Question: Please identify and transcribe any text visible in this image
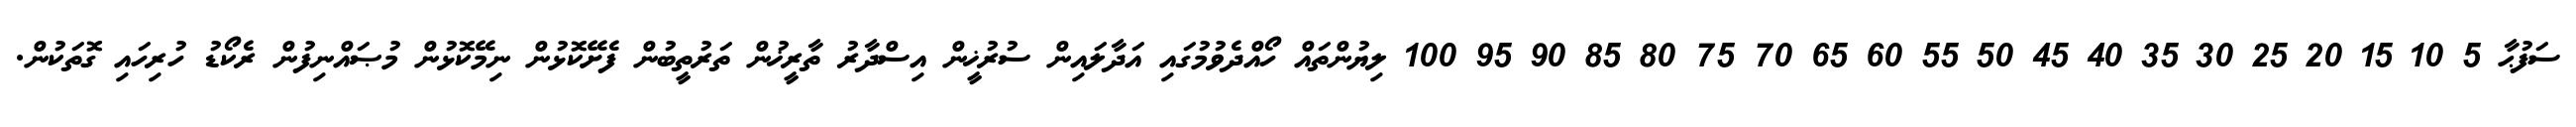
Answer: ސަފުޙާ 5 10 15 20 25 30 35 40 45 50 55 60 65 70 75 80 85 90 95 100 ލިޔުންތައް ހޯއްދެވުމުގައި އަދާލައިން ސުރުޚީން އިސްދާރު ތާރީޚުން ތަރުތީބުން ފެށޭކޮޅުން ނިމޭކޮޅުން މުޞައްނިފުން ރެކޯޑު ހުރިހައި ގޮތަކުން.